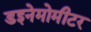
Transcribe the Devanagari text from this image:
डइनेमोमीटर